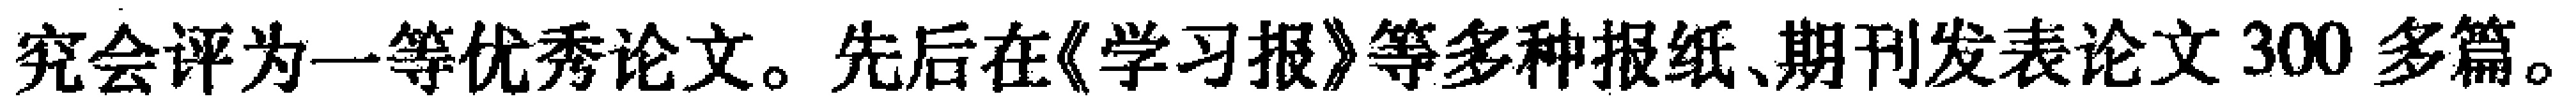
究会评为一等优秀论文。先后在《学习报》等多种报纸、期刊发表论文300多篇。